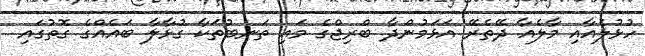
ހުޅުލެއާއި މާލެއާ ދޭތެރޭ އަޅަމުންދާ ބްރިޖްގެ މައި ތަނބުތަކާ ގުޅާލާ ބައެއްގެ ގޮތުގައި